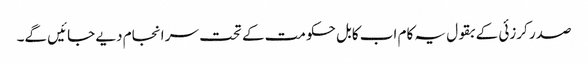
صدر کرزئی کے بقول یہ کام اب کابل حکومت کے تحت سر انجام دیے جائیں گے۔